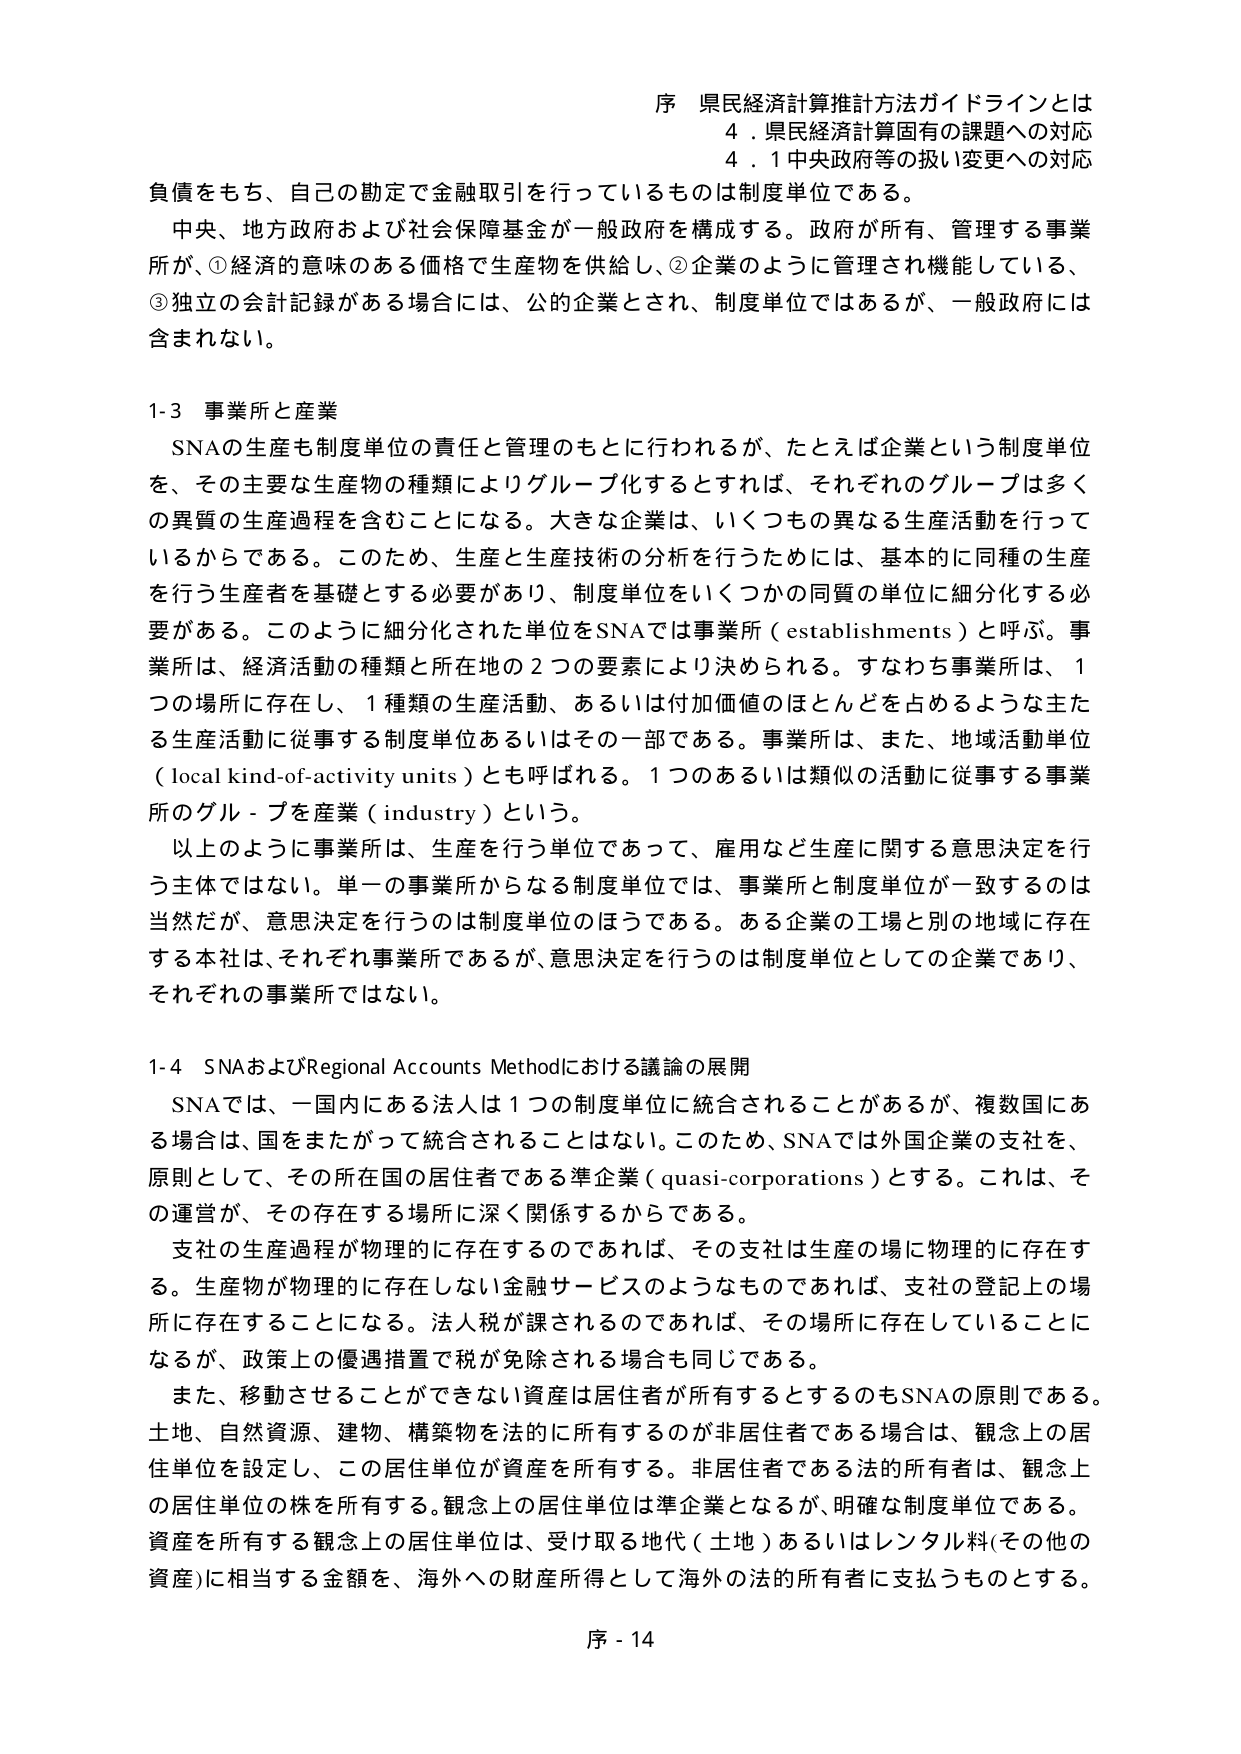
序 県民経済計算推計方法ガイドラインとは
4．県民経済計算固有の課題への対応
4．1 中央政府等の扱い変更への対応

負債をもち、自己の勘定で金融取引を行っているものは制度単位である。
中央、地方政府および社会保障基金が一般政府を構成する。政府が所有、管理する事業所が、①経済的意味のある価格で生産物を供給し、②企業のように管理され機能している、③独立の会計記録がある場合には、公的企業とされ、制度単位ではあるが、一般政府には含まれない。

1-3 事業所と産業
SNAの生産も制度単位の責任と管理のもとに行われるが、たとえば企業という制度単位を、その主要な生産物の種類によりグループ化するとすれば、それぞれのグループは多くの異質の生産過程を含むことになる。大きな企業は、いくつもの異なる生産活動を行っているからである。このため、生産と生産技術の分析を行うためには、基本的に同種の生産を行う生産者を基礎とする必要があり、制度単位をいくつかの同質の単位に細分化する必要がある。このように細分化された単位をSNAでは事業所（establishments）と呼ぶ。事業所は、経済活動の種類と所在地の2つの要素により決められる。すなわち事業所は、1つの場所に存在し、1種類の生産活動、あるいは付加価値のほとんどを占めるような主たる生産活動に従事する制度単位あるいはその一部である。事業所は、また、地域活動単位（local kind-of-activity units）とも呼ばれる。1つのあるいは類似の活動に従事する事業所のグループを産業（industry）という。
以上のように事業所は、生産を行う単位であって、雇用など生産に関する意思決定を行う主体ではない。単一の事業所からなる制度単位では、事業所と制度単位が一致するのは当然だが、意思決定を行うのは制度単位のほうである。ある企業の工場と別の地域に存在する本社は、それぞれ事業所であるが、意思決定を行うのは制度単位としての企業であり、それぞれの事業所ではない。

1-4 SNAおよびRegional Accounts Methodにおける議論の展開
SNAでは、一国内にある法人は1つの制度単位に統合されることがあるが、複数国にある場合は、国をまたがって統合されることはない。このため、SNAでは外国企業の支社を、原則として、その所在国の居住者である準企業（quasi-corporations）とする。これは、その運営が、その存在する場所に深く関係するからである。
支社の生産過程が物理的に存在するのであれば、その支社は生産の場に物理的に存在する。生産物が物理的に存在しない金融サービスのようなものであれば、支社の登記上の場所に存在することになる。法人税が課されるのであれば、その場所に存在していることになるが、政策上の優遇措置で税が免除される場合も同じである。
また、移動させることができない資産は居住者が所有するとするのもSNAの原則である。土地、自然資源、建物、構築物を法的に所有するのが非居住者である場合は、観念上の居住単位を設定し、この居住単位が資産を所有する。非居住者である法的所有者は、観念上の居住単位の株を所有する。観念上の居住単位は準企業となるが、明確な制度単位である。資産を所有する観念上の居住単位は、受け取る地代（土地）あるいはレンタル料（その他の資産）に相当する金額を、海外への財産所得として海外の法的所有者に支払うものとする。

序 - 14